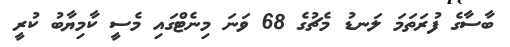
ބާސާގެ ފުރަތަމަ ލަނޑު މެޗުގެ 68 ވަނަ މިނެޓްގައި މެސީ ކާމިޔާބު ކުރީ